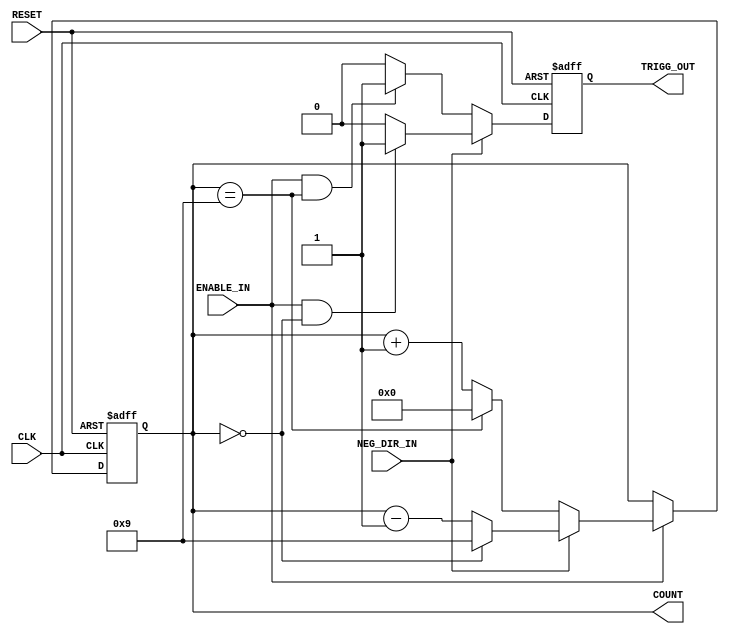
`timescale 1ns / 1ps
//////////////////////////////////////////////////////////////////////////////////
// Company: 
// 
// Design Name: 
// Module Name:    GenericCounter 
// Project Name: 
// Target Devices: 
// Tool versions:  Xilinx ISE 12.4 (Linux)
// Description: A counter of variable width, direction and max value
//   implementation.  When MAX value reached, the trigger output is set, in all
//   other cases - reset.
//
// Dependencies: 
//
// Revision: 
// Revision 0.01 - File Created
// Additional Comments: If NEG_DIR_IN is high, counting backwards
//
//////////////////////////////////////////////////////////////////////////////////
module GenericCounter(
    CLK,
    RESET,
    ENABLE_IN,
	 NEG_DIR_IN,
	 
    TRIGG_OUT,
    COUNT
    );
	 
	 parameter COUNTER_WIDTH = 4;
	 parameter COUNTER_MAX = 9;
	 
	 input CLK;
	 input RESET;
	 input ENABLE_IN;
	 input NEG_DIR_IN;
	 
	 output TRIGG_OUT;
	 output [COUNTER_WIDTH-1:0] COUNT;
	 
	 // register that hold TRIGG_OUT state
	 reg TriggerOut;
	 // counter register
	 reg [COUNTER_WIDTH-1:0] Counter;
	 
	// counter logic
	always@(posedge CLK or posedge RESET) begin
		if(RESET) Counter <= 0;
		else begin
			if(ENABLE_IN) begin
				if(NEG_DIR_IN) begin
					if(Counter == 0) Counter <= COUNTER_MAX;
					else             Counter <= Counter - 1;
				end
				else begin
					if(Counter == COUNTER_MAX)
						Counter <= 0;
					else
						Counter <= Counter + 1;
				end
			end
		end
	end
	
	// trigger logic
	always@(posedge CLK or posedge RESET) begin
		if(RESET)
			TriggerOut <= 0;
		else begin
			if(NEG_DIR_IN) begin
				if(ENABLE_IN && (Counter == 0))
					TriggerOut <= 1;
				else
					TriggerOut <= 0;
			end
			else begin
				if(ENABLE_IN && (Counter == COUNTER_MAX))
					TriggerOut <= 1;
				else
					TriggerOut <= 0;
			end
		end
	end
	
	// output assignments
	assign TRIGG_OUT = TriggerOut;
	assign COUNT = Counter;
	
	initial Counter = 0;
	    

endmodule